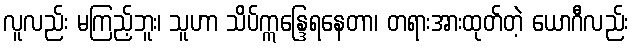
လူလည်း မကြည့်ဘူး၊ သူဟာ သိပ်ဣန္ဒြေရနေတာ၊ တရားအားထုတ်တဲ့ ယောဂီလည်း